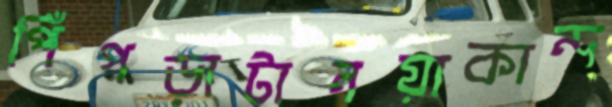
পিঁপড়াটানয়াকান্দ